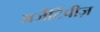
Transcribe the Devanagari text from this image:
अर्जेटिपीज़